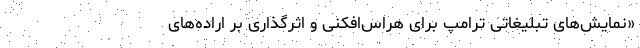
«نمایش‌های تبلیغاتی ترامپ برای هراس‌افکنی و اثرگذاری بر اراده‌های